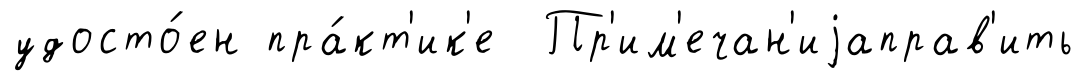
удосто́ен пра́кт'ик'е Пр'им'ечан'иjаправ'ить